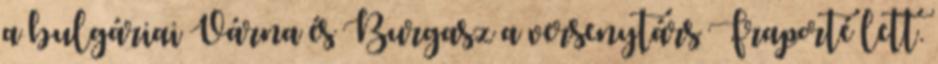
a bulgáriai Várna és Burgasz a versenytárs Fraporté lett.